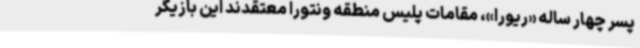
پسر چهار ساله «ریورا»، مقامات پلیس منطقه ونتورا معتقدند این بازیگر